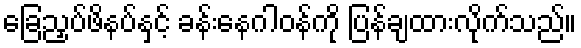
ခြေညှပ်ဖိနပ်နှင့် ခန်းနေဂါဝန်ကို ပြန်ချထားလိုက်သည်။